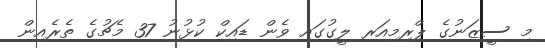
މި ސީޒަނުގެ ޕްރިމިއަރ ލީގުގައި ވެން ޑައިކް ކުޅުނު 37 މެޗުގެ ތެރެއިން